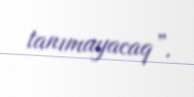
tanımayacaq”.